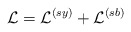
\begin{align*}{\cal L} = {\cal L}^{(sy)} + {\cal L}^{(sb)}\end{align*}